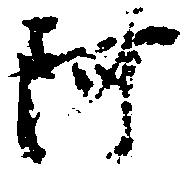
阿